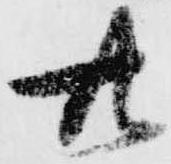
廿